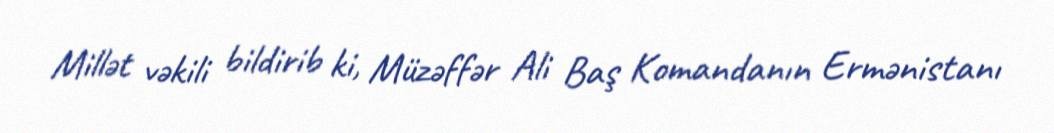
Millət vəkili bildirib ki, Müzəffər Ali Baş Komandanın Ermənistanı